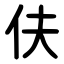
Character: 伕